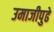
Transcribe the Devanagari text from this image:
उमाजीपुढे